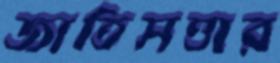
জাতিসত্তার